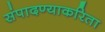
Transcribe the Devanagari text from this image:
संपादण्याकरिता